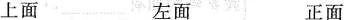
上面 左面 正面